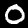
Label: 0